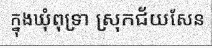
ក្នុងឃុំពុទ្រា ស្រុកជ័យសែន